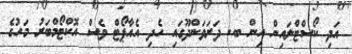
އަދި ކޯސްޓްލައިން އިން ބ. ދަރަވަންދޫގައި ހެދި އެއާޕޯޓް ވެސް އޮކްޓޯމްބަރު މަހުގެ